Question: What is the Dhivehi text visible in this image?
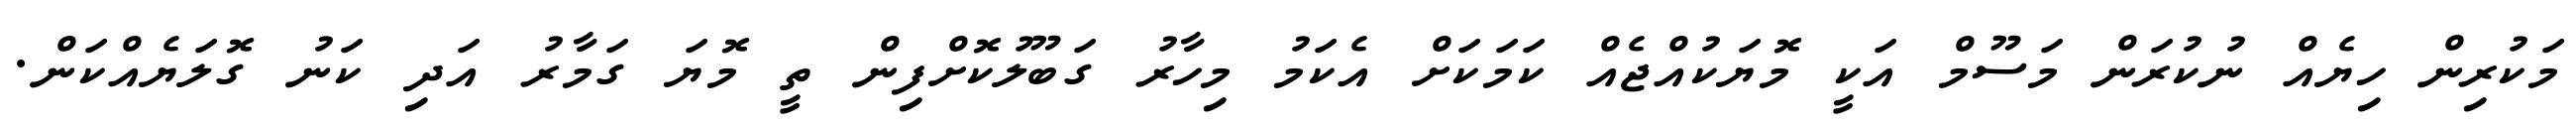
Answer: މަކުރިން ހިޔެއް ނުކުރަން މަސޫމް އަކީ މޮޔަކުއްޖެއް ކަމަކަށް އެކަމު މިހާރު ގަބޫލުކޮށްފިން ތީ މޮޔަ ގަމާރު އަދި ކަނު ގޮލަޔެއްކަން.